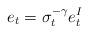
LaTeX: \begin{align*}e_{t}=\sigma_{t}^{-\gamma}e_{t}^{I}\end{align*}